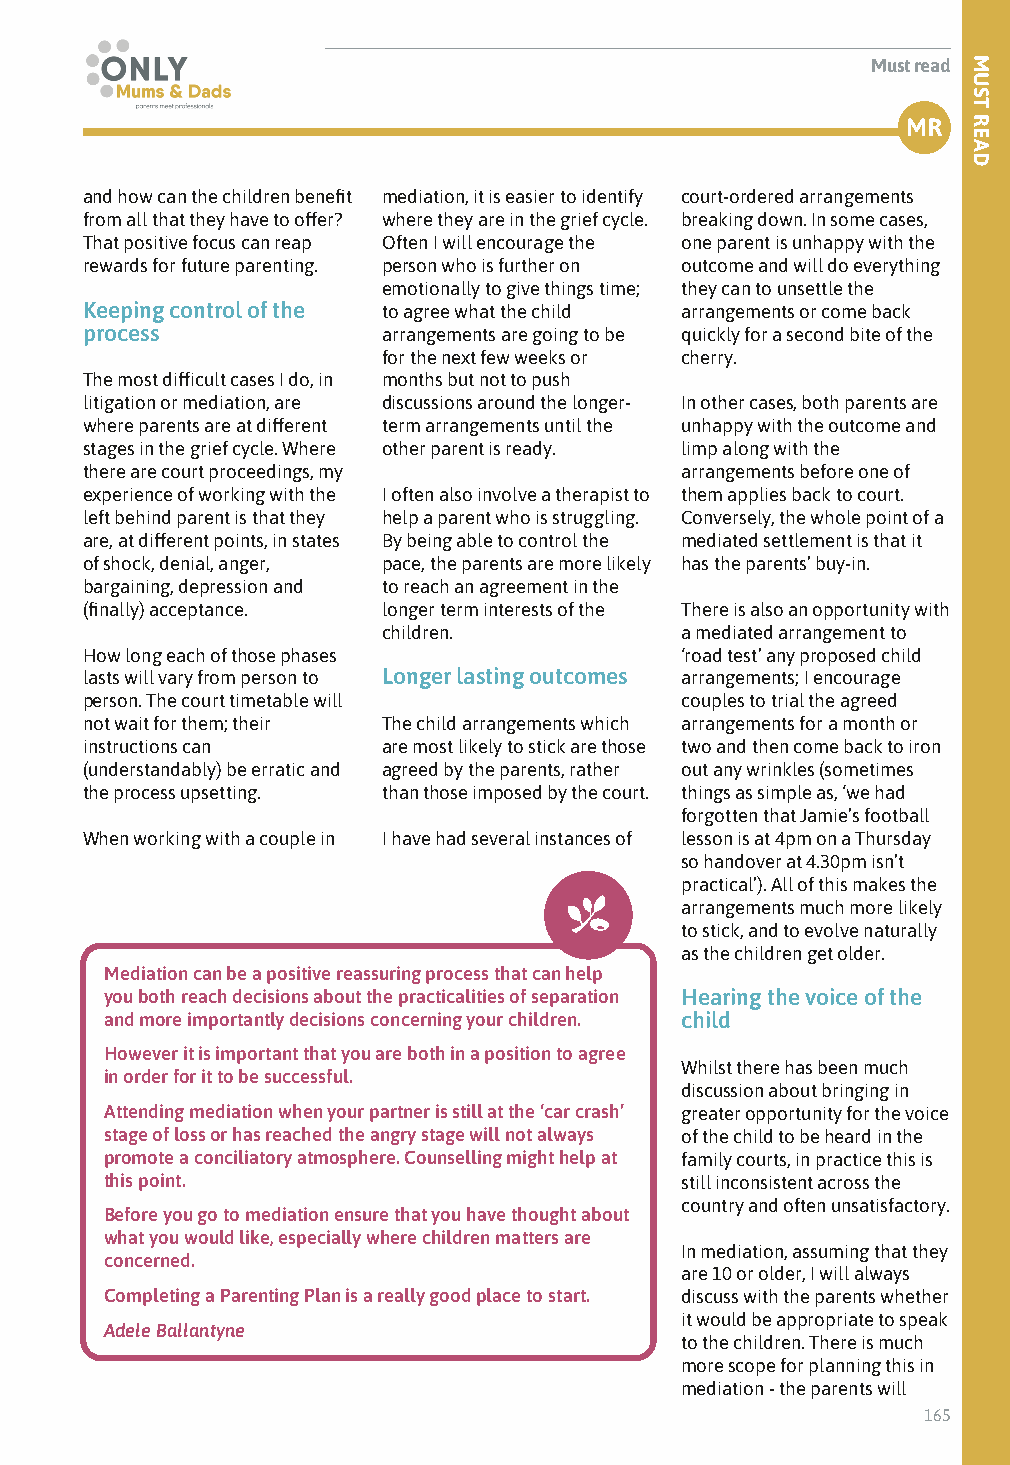
Must read
 MR
 and how can the children benefit mediation, it is easier to identify court-ordered arrangements
 from all that they have to offer? where they are in the grief cycle. breaking down. In some cases,
 That positive focus can reap Often I will encourage the one parent is unhappy with the
 rewards for future parenting. person who is further on outcome and will do everything
 emotionally to give things time; they can to unsettle the
 Keeping control of the to agree what the child arrangements or come back
 process             arrangements are going to be quickly for a second bite of the
 for the next few weeks or cherry.
 The most difficult cases I do, in months but not to push
 litigation or mediation, are discussions around the longer- In other cases, both parents are
 where parents are at different term arrangements until the unhappy with the outcome and
 stages in the grief cycle. Where other parent is ready. limp along with the
 there are court proceedings, my         arrangements before one of
 experience of working with the I often also involve a therapist to them applies back to court.
 left behind parent is that they help a parent who is struggling. Conversely, the whole point of a
 are, at different points, in states By being able to control the mediated settlement is that it
 of shock, denial, anger, pace, the parents are more likely has the parents’ buy-in.
 bargaining, depression and to reach an agreement in the
 (finally) acceptance. longer term interests of the There is also an opportunity with
 children.           a mediated arrangement to
 How long each of those phases           ‘road test’ any proposed child
 lasts will vary from person to Longer lasting outcomes arrangements; I encourage
 person. The court timetable will        couples to trial the agreed
 not wait for them; their The child arrangements which arrangements for a month or
 instructions can    are most likely to stick are those two and then come back to iron
 (understandably) be erratic and agreed by the parents, rather out any wrinkles (sometimes
 the process upsetting. than those imposed by the court. things as simple as, ‘we had
 forgotten that Jamie’s football
 When working with a couple in I have had several instances of lesson is at 4pm on a Thursday
 so handover at 4.30pm isn’t
 practical’). All of this makes the
 arrangements much more likely
 to stick, and to evolve naturally
 as the children get older.
 Mediation can be a positive reassuring process that can help
 you both reach decisions about the practicalities of separation Hearing the voice of the
 and more importantly decisions concerning your children. child
 However it is important that you are both in a position to agree
 Whilst there has been much
 in order for it to be successful.
 discussion about bringing in
 Attending mediation when your partner is still at the ‘car crash’ greater opportunity for the voice
 stage of loss or has reached the angry stage will not always of the child to be heard in the
 promote a conciliatory atmosphere. Counselling might help at family courts, in practice this is
 this point.                           still inconsistent across the
 country and often unsatisfactory.
 Before you go to mediation ensure that you have thought about
 what you would like, especially where children matters are
 In mediation, assuming that they
 concerned.
 are 10 or older, I will always
 Completing a Parenting Plan is a really good place to start. discuss with the parents whether
 it would be appropriate to speak
 Adele Ballantyne
 to the children. There is much
 more scope for planning this in
 mediation - the parents will
 165
 MUST
 READ